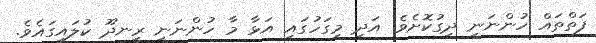
ފަތްތައް ހުންނަނީ ދިގުކޮށެވެ. އަދި މިގަހުގައި އަޅާ މާ ހުންނަނީ ރީނދޫ ކުލައިގައެވެ.